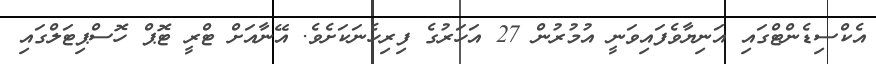
އެކްސިޑެންޓްގައި އަނިޔާވެފައިވަނީ އުމުރުން 27 އަހަރުގެ ފިރިހެނަކަށެވެ. އޭނާއަށް ޓްރީ ޓޮޕް ހޮސްޕިޓަލްގައި